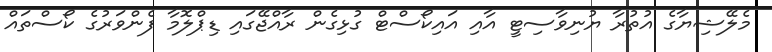
މެލޭޝިޔާގެ އުތުރާ ޔުނިވާސިޓީ އާއި އައިކޯސްޓް ގުޅިގެން ރާއްޖޭގައި ޑިޕްލޮމާ ފެންވަރުގެ ކޯސްތައް